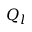
Q _ { l }